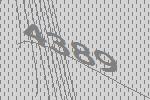
4389